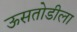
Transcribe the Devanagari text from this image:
ऊसतोडीला